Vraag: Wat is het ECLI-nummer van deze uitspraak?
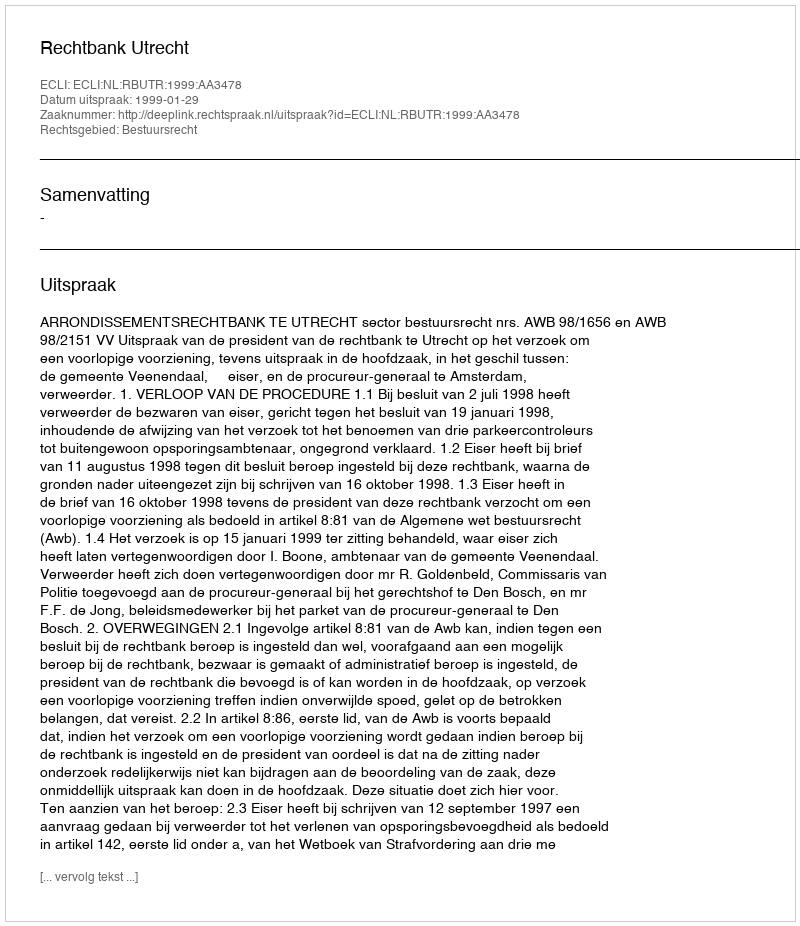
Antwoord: ECLI:NL:RBUTR:1999:AA3478